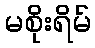
မစိုးရိမ်